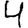
Digit: 4